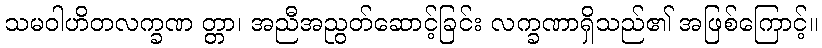
သမဝါဟိတလက္ခဏ တ္တာ၊ အညီအညွတ်ဆောင့်ခြင်း လက္ခဏာရှိသည်၏ အဖြစ်ကြောင့်။